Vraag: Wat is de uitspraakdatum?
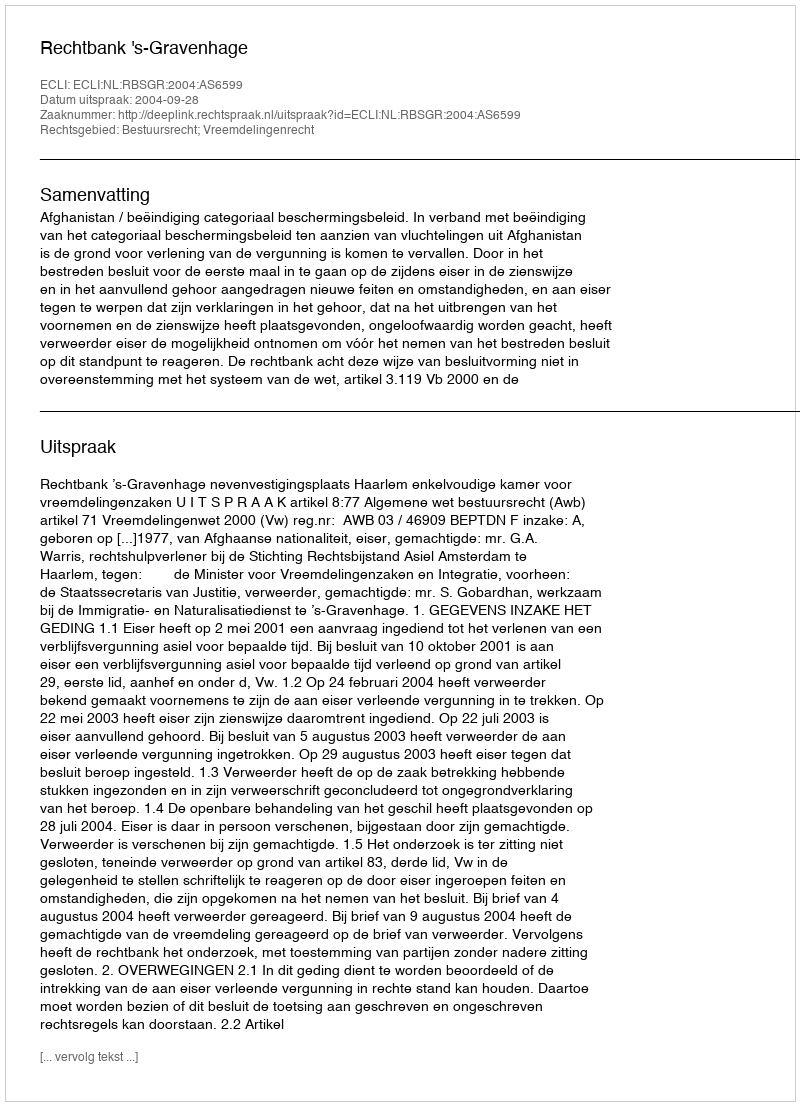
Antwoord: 2004-09-28